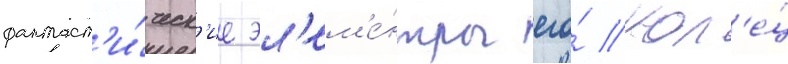
фантаст'и́ческ'ие эл'ем'е́нты его́ кол'е́ц